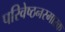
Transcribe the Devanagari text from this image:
परिवेष्ठनस्मारक